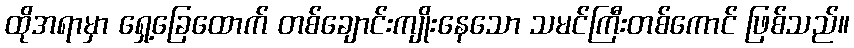
ထိုအရာမှာ ရှေ့ခြေထောက် တစ်ချောင်းကျိုးနေသော သမင်ကြီးတစ်ကောင် ဖြစ်သည်။